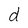
Character: d